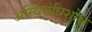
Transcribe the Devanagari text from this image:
अस्थिसंधिशोथ